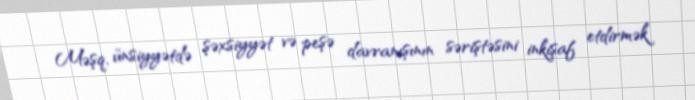
Məşq, ünsiyyətdə şəxsiyyət və peşə davranışının səriştəsini inkişaf etdirmək